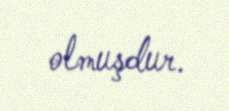
olmuşdur.